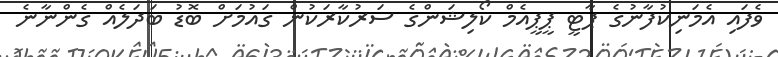
ވެފައި އެމަނިކުފާނުގެ ޕާޓީ ޕީޕީއެމް ކޯލިޝަންގެ ސަރުކާރަކުން ގައުމަށް ބޮޑު ބަދަލެއް ގެންނާނެ